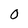
Character: 0